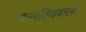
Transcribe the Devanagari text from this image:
बालशिवबाला